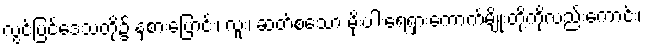
လွင်ပြင်ဒေသတို့၌ နှံစားပြောင်း၊ လူး၊ ဆတ်စသော မိုးပါးရေရှားကောက်မျိုးတို့ကိုလည်းကောင်း၊